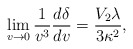
\begin{align*} \lim_{v\rightarrow 0}\frac{1}{v^3}\frac{d\delta}{dv}=\frac{V_2\lambda}{3\kappa^2},\end{align*}